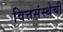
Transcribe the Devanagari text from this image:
वित्तसंस्थेची